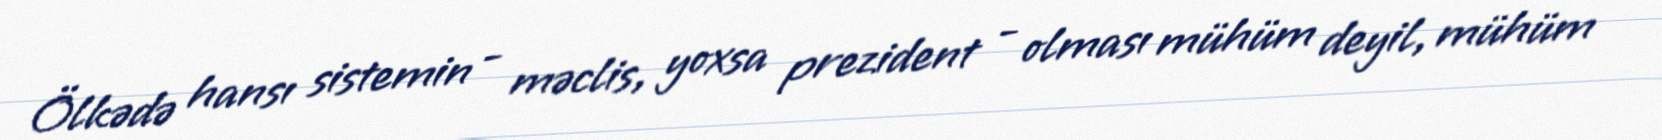
Ölkədə hansı sistemin - məclis, yoxsa prezident - olması mühüm deyil, mühüm